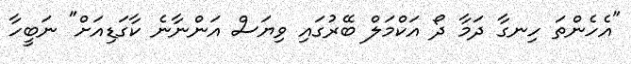
"އެހެންތަ ހިނގާ ދަމާ ދޯ އަކްމަލް ބޭރުގައި ވިޔަސް އަންނާނެ ކާގަޑިއަށް" ނަބީހާ